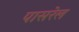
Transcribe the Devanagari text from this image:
पासरेल